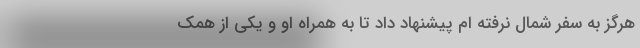
هرگز به سفر شمال نرفته ام پیشنهاد داد تا به همراه او و یکی از همک